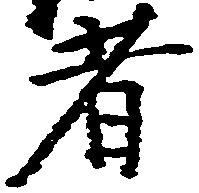
者